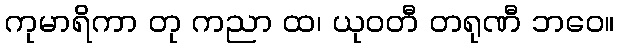
ကုမာရိကာ တု ကညာ ထ၊ ယုဝတီ တရုဏီ ဘဝေ။